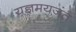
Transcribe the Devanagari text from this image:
यज्ञमयजंत